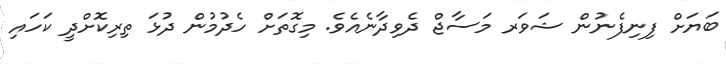
ބަޔަށް ފިނިފެނުން ޝަވަރ މަސާޖް ދެވިދާނެއެވެ. މިގޮތަށް ހެދުމުން ދުޅަ ތިރިކޮށްދީ ކަހައި